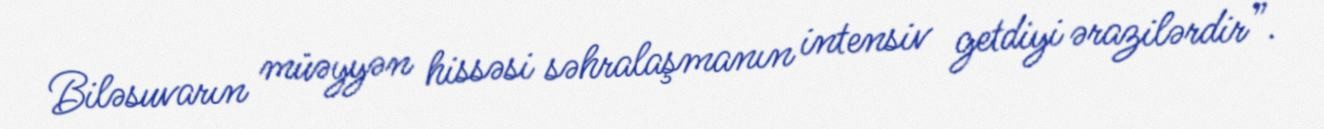
Biləsuvarın müəyyən hissəsi səhralaşmanın intensiv getdiyi ərazilərdir”.